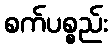
စက်ပစ္စည်း